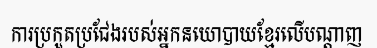
ការប្រកួតប្រជែងរបស់អ្នកនយោបាយខ្មែរលើបណ្តាញ